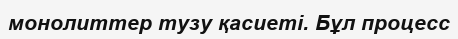
монолиттер тузу қасиеті. Бұл процесс